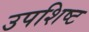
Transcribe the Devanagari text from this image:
उपशिष्ट